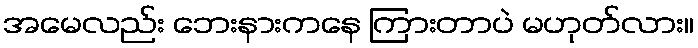
အမေလည်း ဘေးနားကနေ ကြားတာပဲ မဟုတ်လား။